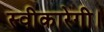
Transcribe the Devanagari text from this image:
स्वीकारेगी।